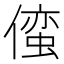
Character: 𫣢